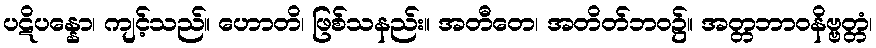
ပဋိပန္နော၊ ကျင့်သည်။ ဟောတိ၊ ဖြစ်သနည်း။ အတီတေ၊ အတိတ်ဘဝ၌။ အတ္တဘာဝနိဗ္ဗတ္တံ၊